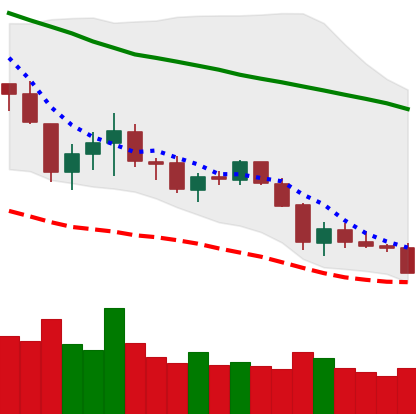
Ticker: LTC-USD
Chart end date: 2018-05-28
Forward return: 10.492%
Label: up_7plus